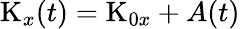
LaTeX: \textrm{K}_{x}(t)=\textrm{K}_{0x}+A(t)